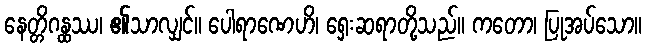
နေတ္တိဂန္ထဿ၊ ၏သာလျှင်။ ပေါရာဏေဟိ၊ ရှေးဆရာတို့သည်။ ကတော၊ ပြုအပ်သော။